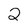
Character: 2